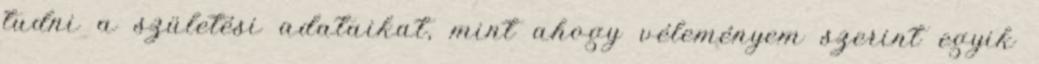
tudni a születési adataikat, mint ahogy véleményem szerint egyik